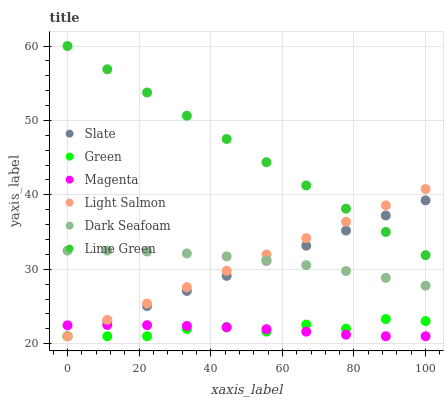
| xaxis_label | Slate | Green | Magenta | Light Salmon | Dark Seafoam | Lime Green |
 | --- | --- | --- | --- | --- | --- | --- |
 | 0 | 21 | 21 | 22.5 | 21 | 32.5 | 60 |
 | 11.1 | 23 | 21 | 22.5 | 23.2 | 32.5 | 56.9 |
 | 22.2 | 25.1 | 21 | 22.5 | 25.4 | 32.4 | 53.8 |
 | 33.3 | 27.1 | 22 | 22.4 | 27.6 | 32.1 | 50.6 |
 | 44.4 | 29.1 | 22.2 | 22.2 | 29.8 | 31.7 | 47.5 |
 | 55.6 | 31.1 | 21.6 | 21.9 | 32 | 31.2 | 44.4 |
 | 66.7 | 33.2 | 22.6 | 21.6 | 34.2 | 30.6 | 41.3 |
 | 77.8 | 35.2 | 22 | 21.2 | 36.4 | 29.8 | 38.1 |
 | 88.9 | 37.2 | 23.3 | 21 | 38.6 | 28.8 | 35 |
 | 100 | 39.3 | 23 | 21 | 40.8 | 27.8 | 31.9 |